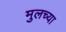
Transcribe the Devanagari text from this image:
मुलच्या